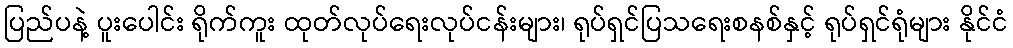
ပြည်ပနဲ့ ပူးပေါင်း ရိုက်ကူး ထုတ်လုပ်ရေးလုပ်ငန်းများ၊ ရုပ်ရှင်ပြသရေးစနစ်နှင့် ရုပ်ရှင်ရုံများ နိုင်ငံ